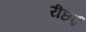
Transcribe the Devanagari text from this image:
रीछई